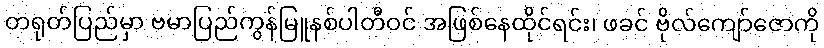
တရုတ်ပြည်မှာ ဗမာပြည်ကွန်မြူနစ်ပါတီဝင် အဖြစ်နေထိုင်ရင်း၊ ဖခင် ဗိုလ်ကျော်ဇောကို